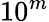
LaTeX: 10^{m}